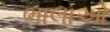
ભાલાઓ